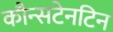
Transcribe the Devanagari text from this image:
कौन्सटेनटिन